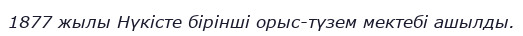
1877 жылы Нүкісте бірінші орыс-түзем мектебі ашылды.